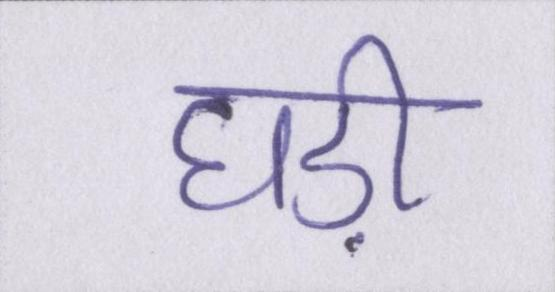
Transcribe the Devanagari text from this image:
घड़ी